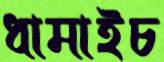
ধামাইচ